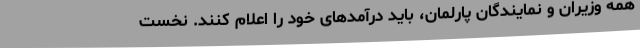
همه وزیران و نمایندگان پارلمان، باید درآمدهای خود را اعلام کنند. نخست